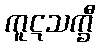
ကူဋသက္ခီ